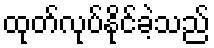
ထုတ်လုပ်နိုင်ခဲ့သည်